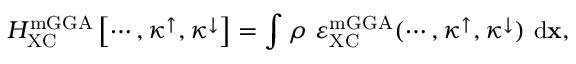
H _ { \mathrm { X C } } ^ { \mathrm { m G G A } } \left[ \cdots , \kappa ^ { \uparrow } , \kappa ^ { \downarrow } \right] = \int { \rho \ \varepsilon _ { \mathrm { X C } } ^ { \mathrm { m G G A } } ( \cdots , \kappa ^ { \uparrow } , \kappa ^ { \downarrow } ) \ \mathrm { d } { \bf x } } ,